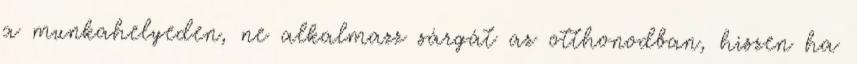
a munkahelyeden, ne alkalmazz sárgát az otthonodban, hiszen ha